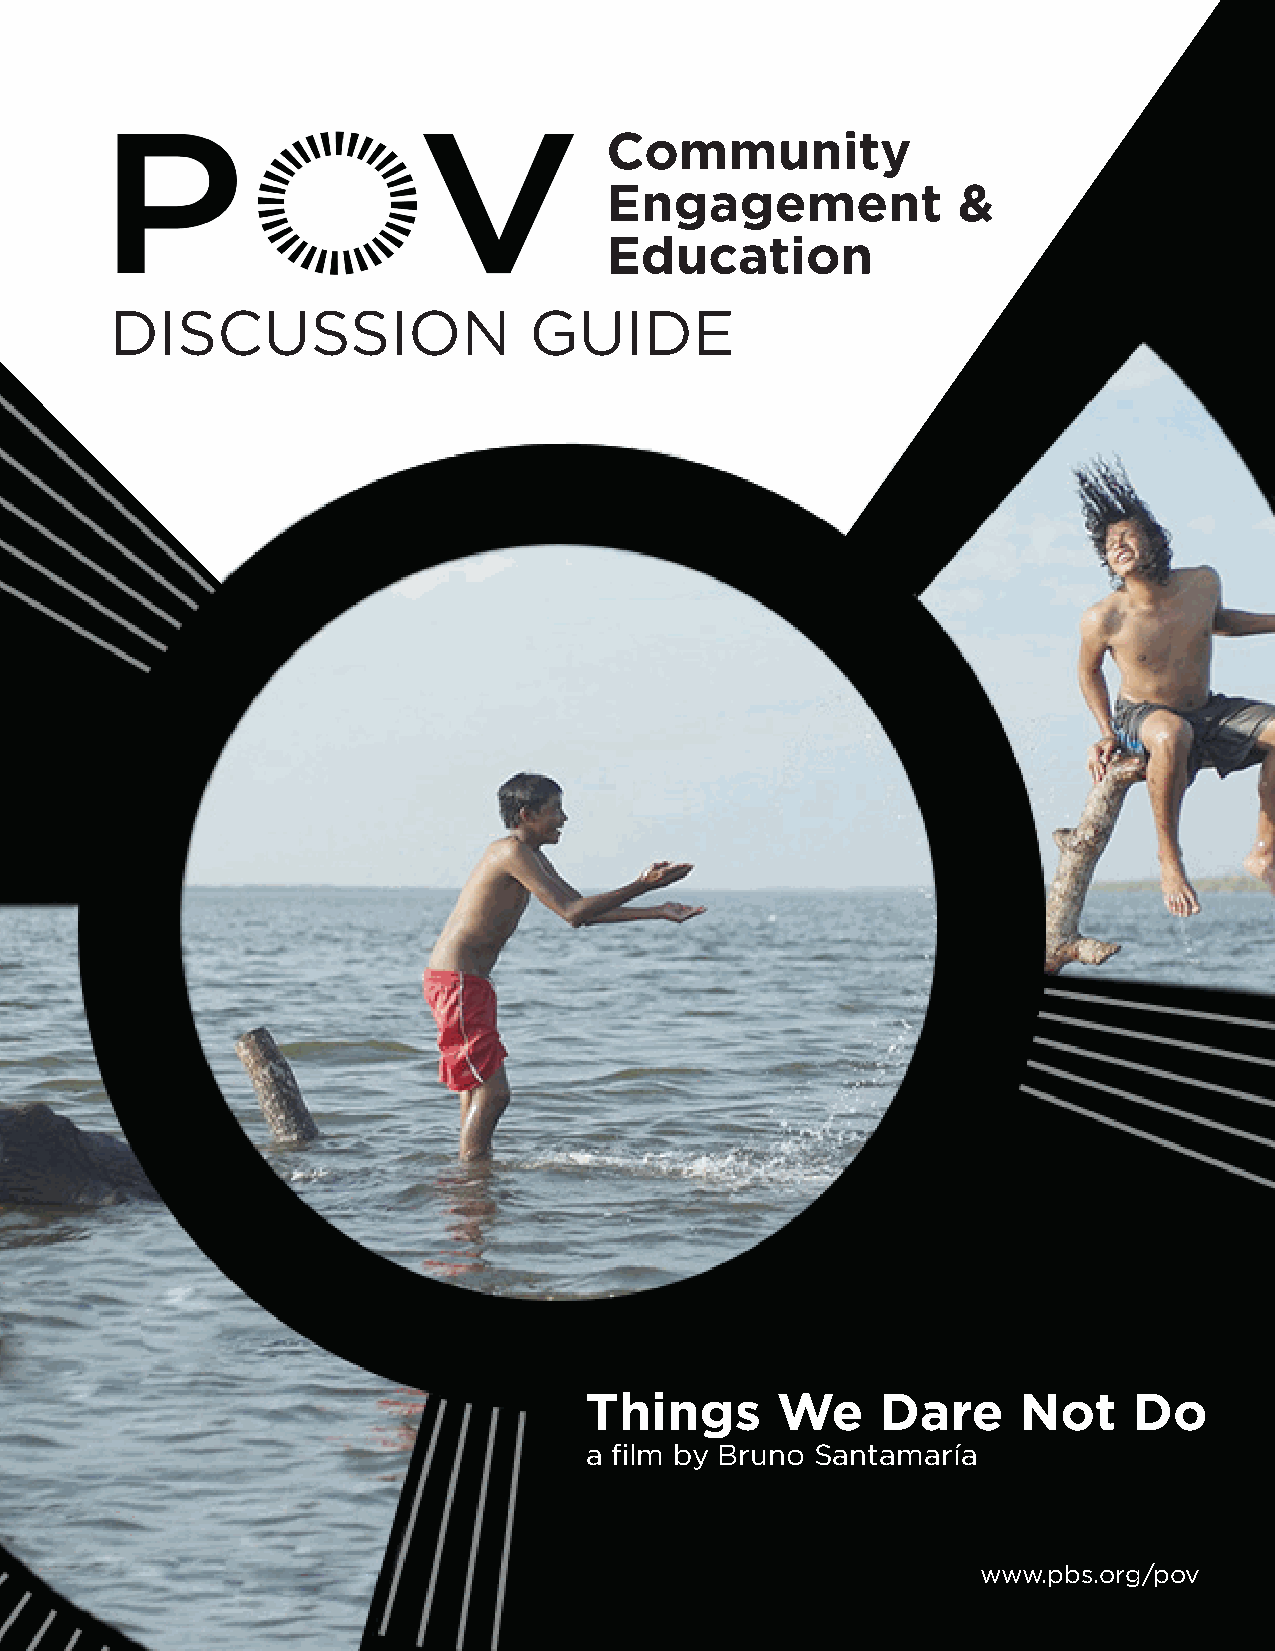
Community
 Engagement             &
 Education
 DISCUSSION                  GUIDE
 Things      We     Dare     Not     Do
 a film by Bruno Santamaría
 www.pbs.org/pov